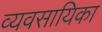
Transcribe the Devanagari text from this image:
व्यवसायिका